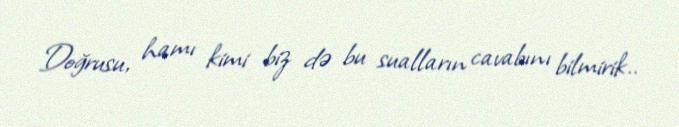
Doğrusu, hamı kimi biz də bu sualların cavabını bilmirik..